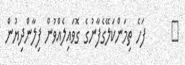
٦      ފަހެ ތިމަންކަލޭގެފާނުގެ ގޮވައިލެއްވުން ފިލާންދިޔުން